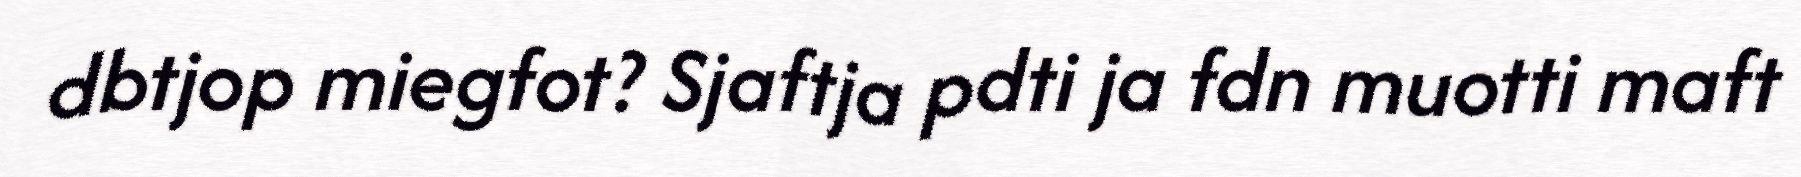
dbtjop miegfot? Sjaftja pdti ja fdn muotti maft